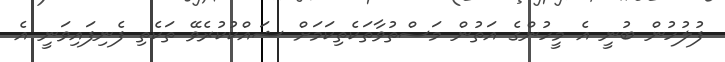
ފުލުހުން ބުނީ އެ މީހުންގެ އަތުން މަސްތުވާތަކެތިކަމަށް ޝައްކުކުރެވޭ ތަކެތި ފެނިފައިވަނީ އެ